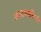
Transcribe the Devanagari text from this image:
आटपाडीमधे